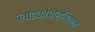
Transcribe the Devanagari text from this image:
लाइकोपोर्सिकान